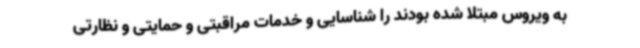
به ویروس مبتلا شده بودند را شناسایی و خدمات مراقبتی و حمایتی و نظارتی